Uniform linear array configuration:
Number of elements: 12
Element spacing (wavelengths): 1
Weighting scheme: hamming
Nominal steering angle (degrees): -30
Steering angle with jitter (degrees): -31.4
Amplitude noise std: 0.05
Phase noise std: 0.05

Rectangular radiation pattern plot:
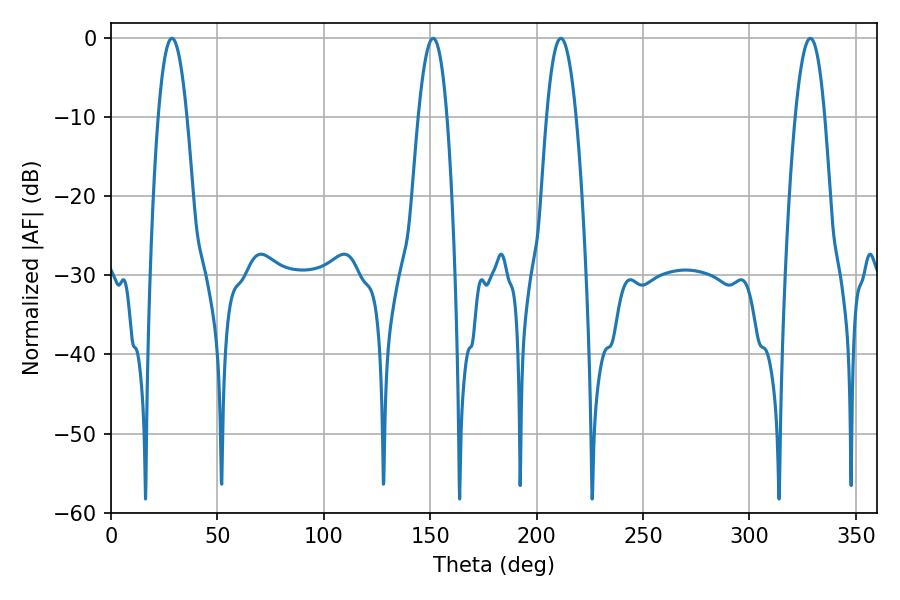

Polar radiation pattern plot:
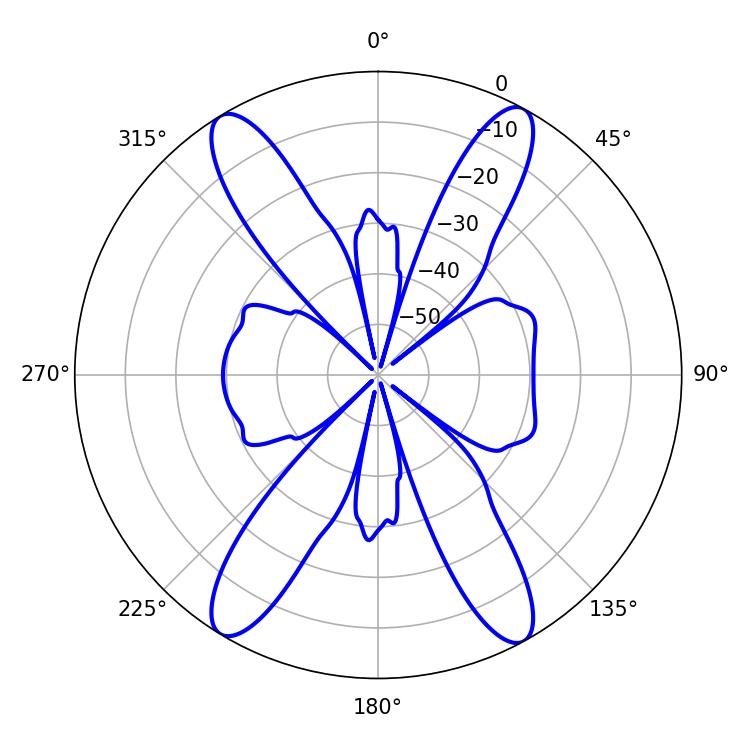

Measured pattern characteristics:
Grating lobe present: TRUE
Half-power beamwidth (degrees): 7.38
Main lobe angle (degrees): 28.62